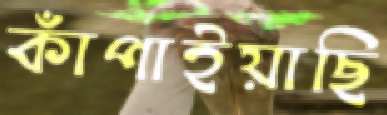
কাঁপাইয়াছি